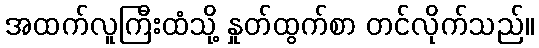
အထက်လူကြီးထံသို့ နှုတ်ထွက်စာ တင်လိုက်သည်။